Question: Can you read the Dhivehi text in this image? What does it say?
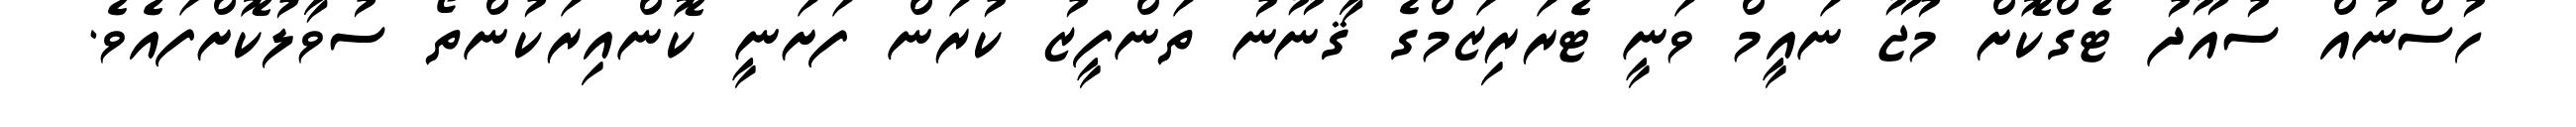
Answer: ހުސްނުއް ސުއޫދު ޓެގްކޮށް މުޖޫ ނައީމް ވަނީ ޓެރަރިޒަމްގެ ޤާނޫނު ތަންފީޒު ކުރަން ފަށަނީ ކޮންއިރަކުންތޯ ސުވާލުކޮށްފައެވެ.